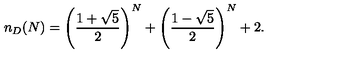
n _ { D } ( N ) = \left( \frac { 1 + \sqrt 5 } { 2 } \right) ^ { N } + \left( \frac { 1 - \sqrt 5 } { 2 } \right) ^ { N } + 2 .